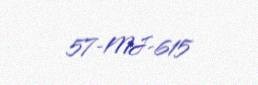
57-MJ-615